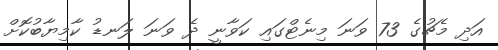
އަދި މެޗުގެ 73 ވަނަ މިނެޓްގައި ކަވާނީ ދެ ވަނަ ލަނޑު ކާމިޔާބުކޮށް